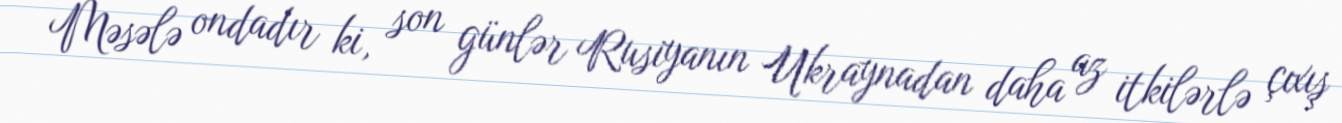
Məsələ ondadır ki, son günlər Rusiyanın Ukraynadan daha az itkilərlə çıxış